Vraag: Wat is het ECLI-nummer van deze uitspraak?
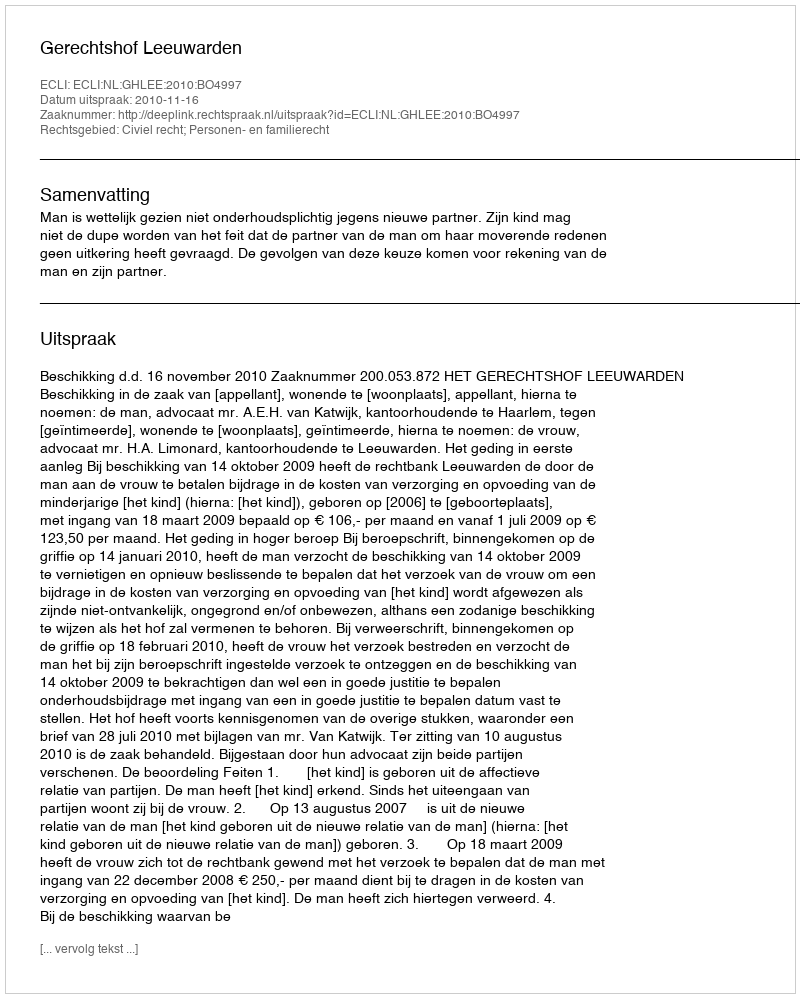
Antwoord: ECLI:NL:GHLEE:2010:BO4997